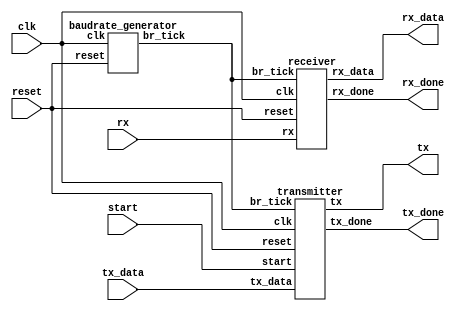
// `timescale 1ns / 1ps

// module uart (
//     input       clk,
//     input       reset,
//     input       tx_start,
//     input [7:0] tx_data,
//     input       rx,

//     output       tx,
//     output       tx_done,
//     output [7:0] rx_data,
//     output       rx_done
// );

//     wire w_br_tick;
//     wire w_tx;
//     // wire w_br_tick_test;


//     baudrate_generator #(
//         .HERZ(9600)
//         //.HERZ(10_000_000 / 16)
//     ) U_BR_Gen (
//         .clk  (clk),
//         .reset(reset),

//         .br_tick(w_br_tick)
//     );

//     // baudrate_generator_test #(
//     //     // .HERZ(9600)
//     //     .HERZ(10_000_000 / 16)
//     // ) U_BR_Gen_test (
//     //     .clk  (clk),
//     //     .reset(reset),

//     //     .br_tick(w_br_tick_test)
//     // );

//     transmitter U_TxD (
//         .clk(clk),
//         .reset(reset),
//         .start(tx_start),
//         .br_tick(w_br_tick),
//         .tx_data(tx_data),

//         .tx(tx),
//         .tx_done(tx_done)
//     );


//     receiver U_RxD (
//         .clk(clk),
//         .reset(reset),
//         .br_tick(w_br_tick),
//         .rx(rx),

//         .rx_data(rx_data),
//         .rx_done(rx_done)
//     );

// endmodule


// module baudrate_generator #(
//     parameter HERZ = 9600
// ) (
//     input clk,
//     input reset,

//     output br_tick
// );

//     // reg [$clog2(100_000_000/9600)-1:0] counter_reg, counter_next;
//     reg [$clog2(100_000_000/HERZ/16)-1:0] counter_reg, counter_next;
//     reg tick_reg, tick_next;

//     assign br_tick = tick_reg;

//     always @(posedge clk, posedge reset) begin
//         if (reset) begin
//             counter_reg <= 0;
//             tick_reg <= 1'b0;
//         end else begin
//             counter_reg <= counter_next;
//             tick_reg <= tick_next;
//         end
//     end

//     always @(*) begin
//         counter_next = counter_reg;
//         if (counter_reg == 100_000_000 / HERZ / 16 - 1) begin
//             // if (counter_reg == 3) begin     // simulation
//             counter_next = 0;
//             tick_next = 1'b1;
//         end else begin
//             counter_next = counter_reg + 1;
//             tick_next = 1'b0;
//         end
//     end
// endmodule

// // module baudrate_generator_test #(
// //     parameter HERZ = 9600
// // ) (
// //     input clk,
// //     input reset,

// //     output br_tick
// // );

// //     // reg [$clog2(100_000_000/9600)-1:0] counter_reg, counter_next;
// //     reg [$clog2(100_000_000/HERZ/16)-1:0] counter_reg, counter_next;
// //     reg tick_reg, tick_next;
// //     reg [3:0] clk_cnt = 0;
// //     reg clk_cnt_reg;

// //     assign br_tick = tick_reg;

// //     always @(posedge clk, posedge reset) begin
// //         if (reset) begin
// //             counter_reg <= 0;
// //             tick_reg <= 1'b0;
// //             clk_cnt = 0;
// //             clk_cnt_reg = 0;
// //         end else begin
// //             counter_reg <= counter_next;
// //             tick_reg <= tick_next;
// //             clk_cnt = clk_cnt + 1;
// //             if(clk_cnt == 5) clk_cnt_reg = 1;
// //         end
// //     end

// //     always @(*) begin
// //         counter_next = counter_reg;
// //         tick_next = tick_reg;

// //         if (clk_cnt_reg) begin
// //             if (counter_reg == 100_000_000 / HERZ / 16 - 1) begin
// //                 // if (counter_reg == 3) begin     // simulation
// //                 counter_next = 0;
// //                 tick_next = 1'b1;
// //             end else begin
// //                 counter_next = counter_reg + 1;
// //                 tick_next = 1'b0;
// //             end
// //         end
// //     end
// // endmodule


// module transmitter (
//     input clk,
//     input reset,
//     input br_tick,
//     input start,
//     input [7:0] tx_data,

//     output tx,
//     output tx_done
// );

//     localparam IDLE = 0, START = 1, DATA = 2, STOP = 3;

//     reg [1:0] state, state_next;
//     reg tx_done_reg, tx_done_next;
//     reg tx_reg, tx_next;
//     reg [7:0] data_tmp_reg, data_tmp_next;
//     reg [3:0]
//         br_cnt_reg, br_cnt_next;  // baudrate 16 sampling  
//     reg [2:0]
//         data_bit_cnt_reg,
//         data_bit_cnt_next;  // 8   


//     assign tx = tx_reg;
//     assign tx_done = tx_done_reg;


//     always @(posedge clk, posedge reset) begin
//         if (reset) begin
//             state            <= IDLE;
//             tx_reg           <= 1'b1;
//             tx_done_reg      <= 1'b0;
//             br_cnt_reg       <= 0;
//             data_bit_cnt_reg <= 0;
//             data_tmp_reg     <= 0;
//         end else begin
//             state            <= state_next;
//             tx_reg           <= tx_next;
//             tx_done_reg      <= tx_done_next;
//             br_cnt_reg       <= br_cnt_next;
//             data_bit_cnt_reg <= data_bit_cnt_next;
//             data_tmp_reg     <= data_tmp_next;
//         end
//     end


//     always @(*) begin
//         state_next        = state;
//         tx_next           = tx_reg;
//         tx_done_next      = tx_done_reg;
//         br_cnt_next       = br_cnt_reg;
//         data_bit_cnt_next = data_bit_cnt_reg;
//         data_tmp_next     = data_tmp_reg;

//         case (state)
//             IDLE: begin
//                 tx_done_next = 1'b0;
//                 tx_next = 1'b1;
//                 if (start) begin
//                     state_next        = START;
//                     data_tmp_next     = tx_data;
//                     br_cnt_next       = 0;
//                     data_bit_cnt_next = 0;
//                 end
//             end

//             START: begin
//                 tx_next = 1'b0;
//                 if (br_tick) begin
//                     if (br_cnt_reg == 15) begin
//                         state_next  = DATA;
//                         br_cnt_next = 0;
//                     end else begin
//                         br_cnt_next = br_cnt_reg + 1;
//                     end
//                 end
//             end

//             DATA: begin
//                 tx_next = data_tmp_reg[0];
//                 if (br_tick) begin
//                     if (br_cnt_reg == 15) begin
//                         if (data_bit_cnt_reg == 7) begin
//                             state_next  = STOP;
//                             br_cnt_next = 0;
//                         end else begin
//                             data_bit_cnt_next = data_bit_cnt_reg + 1;
//                             data_tmp_next     = {1'b0, data_tmp_reg[7:1]};
//                             br_cnt_next       = 0;
//                         end
//                     end else begin
//                         br_cnt_next = br_cnt_reg + 1;
//                     end
//                 end
//             end

//             STOP: begin
//                 tx_next = 1'b1;
//                 if (br_tick) begin
//                     if (br_cnt_reg == 15) begin
//                         tx_done_next = 1'b1;
//                         state_next   = IDLE;
//                     end else begin
//                         br_cnt_next = br_cnt_reg + 1;
//                     end
//                 end
//             end
//         endcase
//     end

// endmodule


// module receiver (
//     input clk,
//     input reset,
//     input br_tick,
//     input rx,

//     output [7:0] rx_data,
//     output rx_done
// );

//     localparam IDLE = 0, START = 1, DATA = 2, STOP = 3;

//     reg [1:0] state, state_next;
//     reg [7:0] rx_data_reg, rx_data_next;
//     reg rx_done_reg, rx_done_next;
//     reg [4:0]
//         br_cnt_reg,
//         br_cnt_next;  // baudrate 16 sampling  (0~15)
//     reg [2:0]
//         data_bit_cnt_reg,
//         data_bit_cnt_next;  // 8   (0~7)


//     assign rx_data = rx_data_reg;
//     assign rx_done = rx_done_reg;


//     always @(posedge clk, posedge reset) begin
//         if (reset) begin
//             state            <= IDLE;
//             rx_data_reg      <= 0;
//             rx_done_reg      <= 1'b0;
//             br_cnt_reg       <= 0;
//             data_bit_cnt_reg <= 0;
//         end else begin
//             state            <= state_next;
//             rx_data_reg      <= rx_data_next;
//             rx_done_reg      <= rx_done_next;
//             br_cnt_reg       <= br_cnt_next;
//             data_bit_cnt_reg <= data_bit_cnt_next;
//         end
//     end


//     always @(*) begin
//         state_next = state;
//         br_cnt_next = br_cnt_reg;
//         data_bit_cnt_next = data_bit_cnt_reg;
//         rx_data_next = rx_data_reg;
//         rx_done_next = rx_done_reg;

//         case (state)
//             IDLE: begin
//                 rx_done_next = 1'b0;
//                 if (rx == 1'b0) begin
//                     br_cnt_next       = 0;
//                     data_bit_cnt_next = 0;
//                     rx_data_next      = 0;
//                     state_next        = START;
//                 end
//             end

//             START: begin
//                 if (br_tick) begin
//                     if (br_cnt_reg == 7) begin
//                         br_cnt_next = 0;
//                         state_next  = DATA;
//                     end else begin
//                         br_cnt_next = br_cnt_reg + 1;
//                     end
//                 end
//             end

//             DATA: begin
//                 if (br_tick) begin
//                     if (br_cnt_reg == 15) begin
//                         br_cnt_next  = 0;
//                         rx_data_next = {rx, rx_data_reg[7:1]};  // right shift
//                         if (data_bit_cnt_reg == 7) begin
//                             state_next  = STOP;
//                             br_cnt_next = 0;
//                         end else begin
//                             data_bit_cnt_next = data_bit_cnt_reg + 1;
//                         end
//                     end else begin
//                         br_cnt_next = br_cnt_next + 1;
//                     end
//                 end
//             end

//             STOP: begin
//                 if (br_tick) begin
//                     if (br_cnt_reg == 23) begin
//                         br_cnt_next  = 0;
//                         state_next   = IDLE;
//                         rx_done_next = 1'b1;
//                     end else begin
//                         br_cnt_next = br_cnt_reg + 1;
//                     end
//                 end
//             end
//         endcase
//     end

// endmodule


`timescale 1ns / 1ps


module uart (

    input clk,
    input reset,
    // Transmitter
    input start,
    input [7:0] tx_data,
    output tx,
    output tx_done,
    //Receiver
    input rx,
    output [7:0] rx_data,
    output rx_done


);

    wire w_br_tick;

    baudrate_generator U_BAUDRATE_GEN (
        .clk(clk),
        .reset(reset),
        .br_tick(w_br_tick)
    );


    transmitter U_Trnasmitter (
        .clk(clk),
        .reset(reset),
        .br_tick(w_br_tick),
        .start(start),
        .tx_data(tx_data),
        .tx(tx),
        .tx_done(tx_done)
    );


    receiver U_Receiver (
        .clk(clk),
        .reset(reset),
        .br_tick(w_br_tick),
        .rx(rx),
        .rx_data(rx_data),
        .rx_done(rx_done)
    );


endmodule


module baudrate_generator (
    input  clk,
    input  reset,
    output br_tick
);

    reg [$clog2(100_000_000 / 9600 / 16) - 1:0] counter_reg, counter_next;
    reg tick_reg, tick_next;

    assign br_tick = tick_reg;

    always @(posedge clk, posedge reset) begin
        if (reset) begin
            counter_reg <= 0;
            tick_reg <= 1'b0;

        end else begin
            counter_reg <= counter_next;
            tick_reg <= tick_next;
        end
    end

    always @(*) begin
        counter_next = counter_reg;
       // if (counter_reg == 3) begin  // 
            if(counter_reg == 100_000_000 / 9600 / 16 - 1) begin //  9600hz 16  
            // 100_000_000 / 9600 / 16 - 1          . .    . 
            counter_next = 0;
            tick_next = 1'b1;
        end else begin
            counter_next <= counter_reg + 1;
            tick_next = 1'b0;

        end
    end

endmodule


//0524 
module transmitter (
    input clk,
    input reset,
    input br_tick,
    input start,
    input [7:0] tx_data,
    output tx,
    output tx_done
);

    localparam IDLE = 0, START = 1, DATA = 2, STOP = 3;
    reg [1:0] state, state_next;  // 4  2
    reg tx_reg, tx_next;
    reg tx_done_reg, tx_done_next;
    reg [7:0] data_tmp_reg, data_tmp_next;
    reg [3:0] br_cnt_reg, br_cnt_next;  //16  4
    reg [2:0] data_bit_cnt_reg, data_bit_cnt_next;

    assign tx = tx_reg;
    assign tx_done = tx_done_reg;

    always @(posedge clk, posedge reset) begin
        if (reset) begin
            state            <= IDLE;
            tx_reg           <= 1'b0;
            br_cnt_reg       <= 0;
            data_bit_cnt_reg <= 0;
            data_tmp_reg     <= 0;
           // tx_done_reg      <= 1'b0;
        end else begin
            state            <= state_next;
            tx_reg           <= tx_next;
            br_cnt_reg       <= br_cnt_next;
            data_bit_cnt_reg <= data_bit_cnt_next;
            data_tmp_reg     <= data_tmp_next;
            //tx_done_reg      <= tx_done_next;
        end
    end

    always @(*) begin

        //latch ->       
        state_next        = state;
        data_tmp_next     = data_tmp_reg;
        tx_next           = tx_reg;
        br_cnt_next       = br_cnt_reg;
        data_bit_cnt_next = data_bit_cnt_reg;
       // tx_done_next      = tx_done_reg;
        //tx_done
        case (state)
            IDLE: begin
                tx_done_reg = 1'b0;
                tx_next      = 1'b1;

                if (start) begin
                    state_next        = START;
                    data_tmp_next     = tx_data;
                    br_cnt_next       = 0;
                    data_bit_cnt_next = 0;
                end
            end
            START: begin
                tx_next = 1'b0;

                if (br_tick) begin
                    if (br_cnt_reg == 15) begin
                        state_next  = DATA;
                        br_cnt_next = 0;  ////////////
                    end else begin
                        br_cnt_next = br_cnt_reg + 1;
                    end
                end
            end
            DATA: begin
                tx_next = data_tmp_reg[0];

                if (br_tick) begin
                    if (br_cnt_reg == 15) begin
                        if (data_bit_cnt_reg == 7) begin
                            state_next  = STOP;
                            br_cnt_next = 0;
                        end else begin
                            data_bit_cnt_next = data_bit_cnt_reg + 1;
                            data_tmp_next = {
                                1'b0, data_tmp_reg[7:1]
                            };  // right shift
                            br_cnt_next = 0;
                        end
                    end else begin
                        br_cnt_next = br_cnt_reg + 1;

                    end
                end
            end
            STOP: begin
                tx_next = 1'b1;
                if (br_tick) begin
                    if (br_cnt_reg == 15) begin 
                        tx_done_reg = 1'b1;
                        state_next   = IDLE;
                    end else begin
                        br_cnt_next = br_cnt_reg + 1;
                    end
                end
            end

        endcase
    end
endmodule


module receiver (
    input clk,
    input reset,
    input br_tick,
    input rx,
    output [7:0] rx_data,
    output rx_done
);

    localparam IDLE = 0, START = 1, DATA = 2, STOP = 3;

    reg [1:0] state, state_next;
    reg [7:0] rx_data_reg, rx_data_next;
    reg rx_done_reg, rx_done_next;
    reg [3:0] br_cnt_reg, br_cnt_next; // 
    reg [2:0] data_bit_cnt_reg, data_bit_cnt_next;

    assign rx_data = rx_data_reg;
    assign rx_done = rx_done_reg;

    always @(posedge clk, posedge reset) begin
        if (reset) begin
            state            <= IDLE;
            rx_data_reg      <= 0;
            rx_done_reg      <= 1'b0;
            br_cnt_reg       <= 0;
            data_bit_cnt_reg <= 0;


        end else begin
            state            <= state_next;
            rx_data_reg      <= rx_data_next;
            rx_done_reg      <= rx_done_next;
            br_cnt_reg       <= br_cnt_next;
            data_bit_cnt_reg <= data_bit_cnt_next;
        end

    end

    always @(*) begin
        state_next        = state;
        br_cnt_next       = br_cnt_reg;
        data_bit_cnt_next = data_bit_cnt_reg;
        rx_data_next      = rx_data_reg;
        rx_done_next      = rx_done_reg;

        case (state)

            IDLE: begin
                rx_done_next = 1'b0;
                if (rx == 1'b0) begin
                    br_cnt_next       = 0;
                    data_bit_cnt_next = 0;
                    rx_data_next      = 0;
                    state_next        = START;
                end
            end

            START: begin
                if (br_tick) begin
                    if (br_cnt_reg == 7) begin
                        br_cnt_next = 0;
                        state_next  = DATA;
                    end else begin
                        br_cnt_next = br_cnt_reg + 1;
                    end
                end
            end
            DATA: begin
                if (br_tick) begin
                    if (br_cnt_reg == 15) begin
                        br_cnt_next  = 0;
                        rx_data_next = {rx, rx_data_reg[7:1]};  // right shift
                        if (data_bit_cnt_reg == 7) begin
                            state_next  = STOP;
                            br_cnt_next = 0;
                        end else begin
                            data_bit_cnt_next = data_bit_cnt_reg + 1;

                        end
                    end else begin
                        br_cnt_next = br_cnt_reg + 1;

                    end
                end

            end
            STOP: begin
                if (br_tick) begin
                    if (br_cnt_reg == 15) begin
                        br_cnt_next  = 0;
                        rx_done_next = 1'b1;
                        state_next   = IDLE;

                    end else begin
                        br_cnt_next = br_cnt_reg + 1;
                    end
                end
            end

        endcase
    end

endmodule